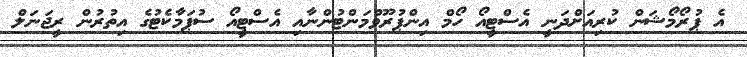
އެ ޕުރޯމޯޝަން ކުރިއަށްދަނީ އެސްޓީއޯ ހޯމް އިންޕުރޫވްމަންޓުންނާއި އެސްޓީއޯ ސުޕަމާކެޓުގެ އިތުރުން ރީޖަނަލް